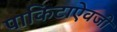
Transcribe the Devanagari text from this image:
पाकिटाऐवजी